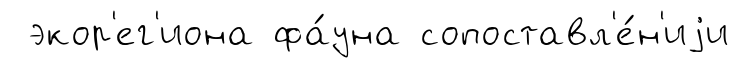
экор'ег'иона фа́уна сопоставл'е́н'иjи